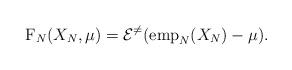
LaTeX: \begin{align*} {\rm F}_{N}(X_{N}, \mu) = \mathcal{E}^{\neq}({\rm emp}_{N}(X_{N}) - \mu).\end{align*}